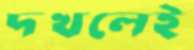
দখলেই